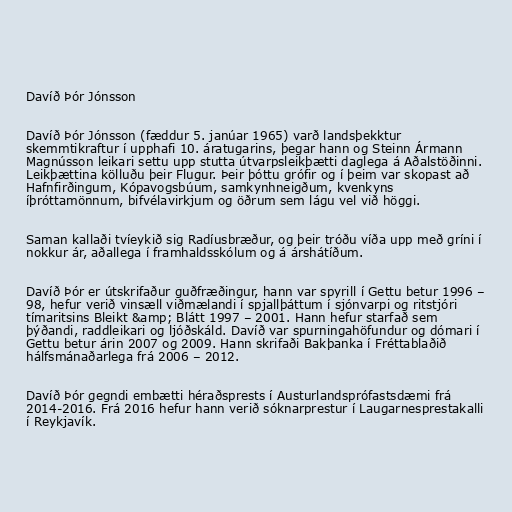
Davíð Þór Jónsson

Davíð Þór Jónsson (fæddur 5. janúar 1965) varð landsþekktur
skemmtikraftur í upphafi 10. áratugarins, þegar hann og Steinn Ármann
Magnússon leikari settu upp stutta útvarpsleikþætti daglega á Aðalstöðinni.
Leikþættina kölluðu þeir Flugur. Þeir þóttu grófir og í þeim var skopast að
Hafnfirðingum, Kópavogsbúum, samkynhneigðum, kvenkyns
íþróttamönnum, bifvélavirkjum og öðrum sem lágu vel við höggi.

Saman kallaði tvíeykið sig Radíusbræður, og þeir tróðu víða upp með gríni í
nokkur ár, aðallega í framhaldsskólum og á árshátíðum.

Davíð Þór er útskrifaður guðfræðingur, hann var spyrill í Gettu betur 1996 –
98, hefur verið vinsæll viðmælandi í spjallþáttum í sjónvarpi og ritstjóri
tímaritsins Bleikt &amp; Blátt 1997 – 2001. Hann hefur starfað sem
þýðandi, raddleikari og ljóðskáld. Davíð var spurningahöfundur og dómari í
Gettu betur árin 2007 og 2009. Hann skrifaði Bakþanka í Fréttablaðið
hálfsmánaðarlega frá 2006 – 2012.

Davíð Þór gegndi embætti héraðsprests í Austurlandsprófastsdæmi frá
2014-2016. Frá 2016 hefur hann verið sóknarprestur í Laugarnesprestakalli
í Reykjavík.